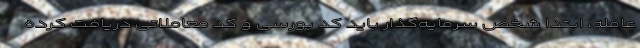
عامله، ابتدا شخص سرمایه‌گذار باید کد بورسی و کد معاملاتی دریافت کرده